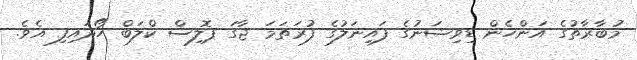
މުބާރާތުގެ އަންހެން ޑިވިޝަނުގެ ފައިނަލުގެ ފުރަތަމަ ޖާގަ ޕޮލިސް ކްލަބް ހޯދައިފި އެވެ.